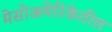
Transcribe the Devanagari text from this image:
मेसोअमेरिकेतील